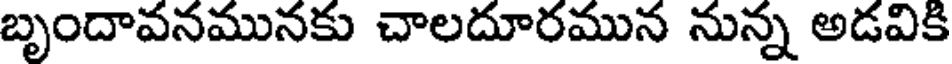
బృందావనమునకు చాలదూరమున నున్న అడవికి